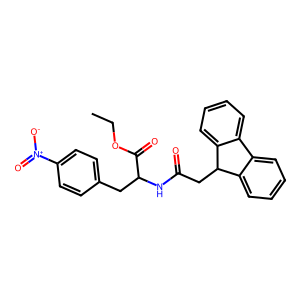
SMILES: CCOC(=O)C(Cc1ccc([N+](=O)[O-])cc1)NC(=O)CC1c2ccccc2-c2ccccc21
Inhibits HIV replication: No